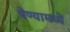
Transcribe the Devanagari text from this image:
घेण्यामध्ये